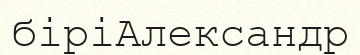
біріАлександр